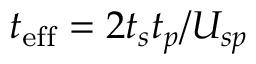
t _ { \mathrm { e f f } } = 2 t _ { s } t _ { p } / U _ { s p }